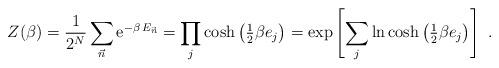
LaTeX: \begin{align*}Z(\beta)=\frac{1}{2^N}\sum_{\vec{n}}\mathrm{e}^{-\beta \,E_{\vec{n} }}= \prod_j \cosh \left ( \tfrac{1}{2} \beta e_j \right )=\exp \left [ \sum_j \ln \cosh \left ( \tfrac{1}{2} \beta e_j \right )\right ]\ .\end{align*}